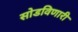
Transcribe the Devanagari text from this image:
सोडविणारी